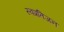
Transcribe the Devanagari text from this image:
स्वप्रतिजन